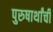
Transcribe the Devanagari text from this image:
पुरुषार्थांची